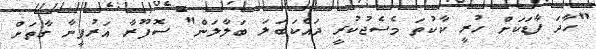
"ހާދަ ފާޑަކަށް ހުރީ ކާކުތަ މެސެޖުކުރީ ދައްކަބަލަ ބަލާލަން" ސޮފޫރާ އަރުފީނާ ގާތަށް